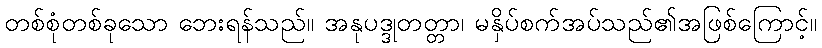
တစ်စုံတစ်ခုသော ဘေးရန်သည်။ အနုပဒ္ဒုတတ္တာ၊ မနှိပ်စက်အပ်သည်၏အဖြစ်ကြောင့်။